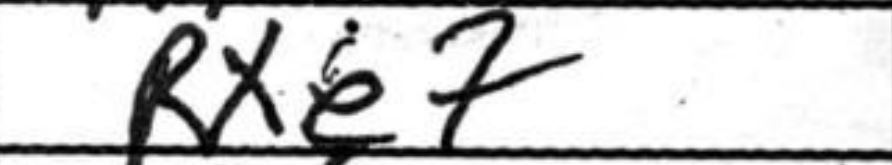
Transcription: Rxe7